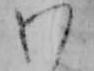
わ